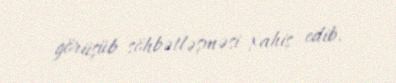
görüşüb söhbətləşməsi xahiş edib.